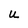
Character: U